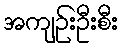
အကျဉ်းဦးစီး